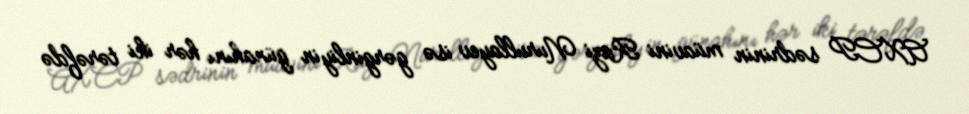
AXCP sədrinin müavini Razi Nurullayev isə gərginliyin günahını hər iki tərəfdə